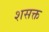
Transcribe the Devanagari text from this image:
शसक्त